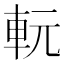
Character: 䡇